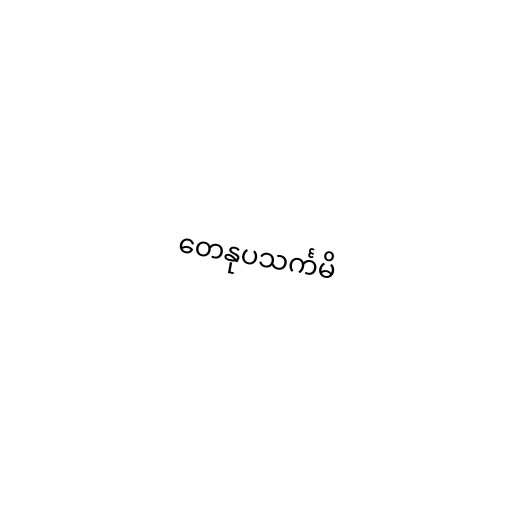
တေနုပသင်္ကမိ